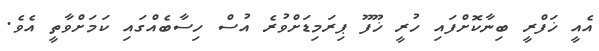
އެއީ ޚަފްރީ ބިނާކޮށްފައި ހުރީ ޚޫފޫ ޕިރަމިޑަށްވުރެ އުސް ހިސާބެއްގައި ކަމަށްވާތީ އެވެ.